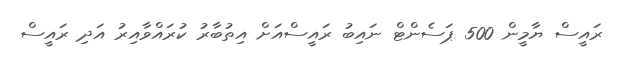
ރައީސް ޔާމީން 500 ޕަސެންޓް ނައިބު ރައީސްއަށް އިތުބާރު ކުރައްވާއިރު އަދި ރައީސް